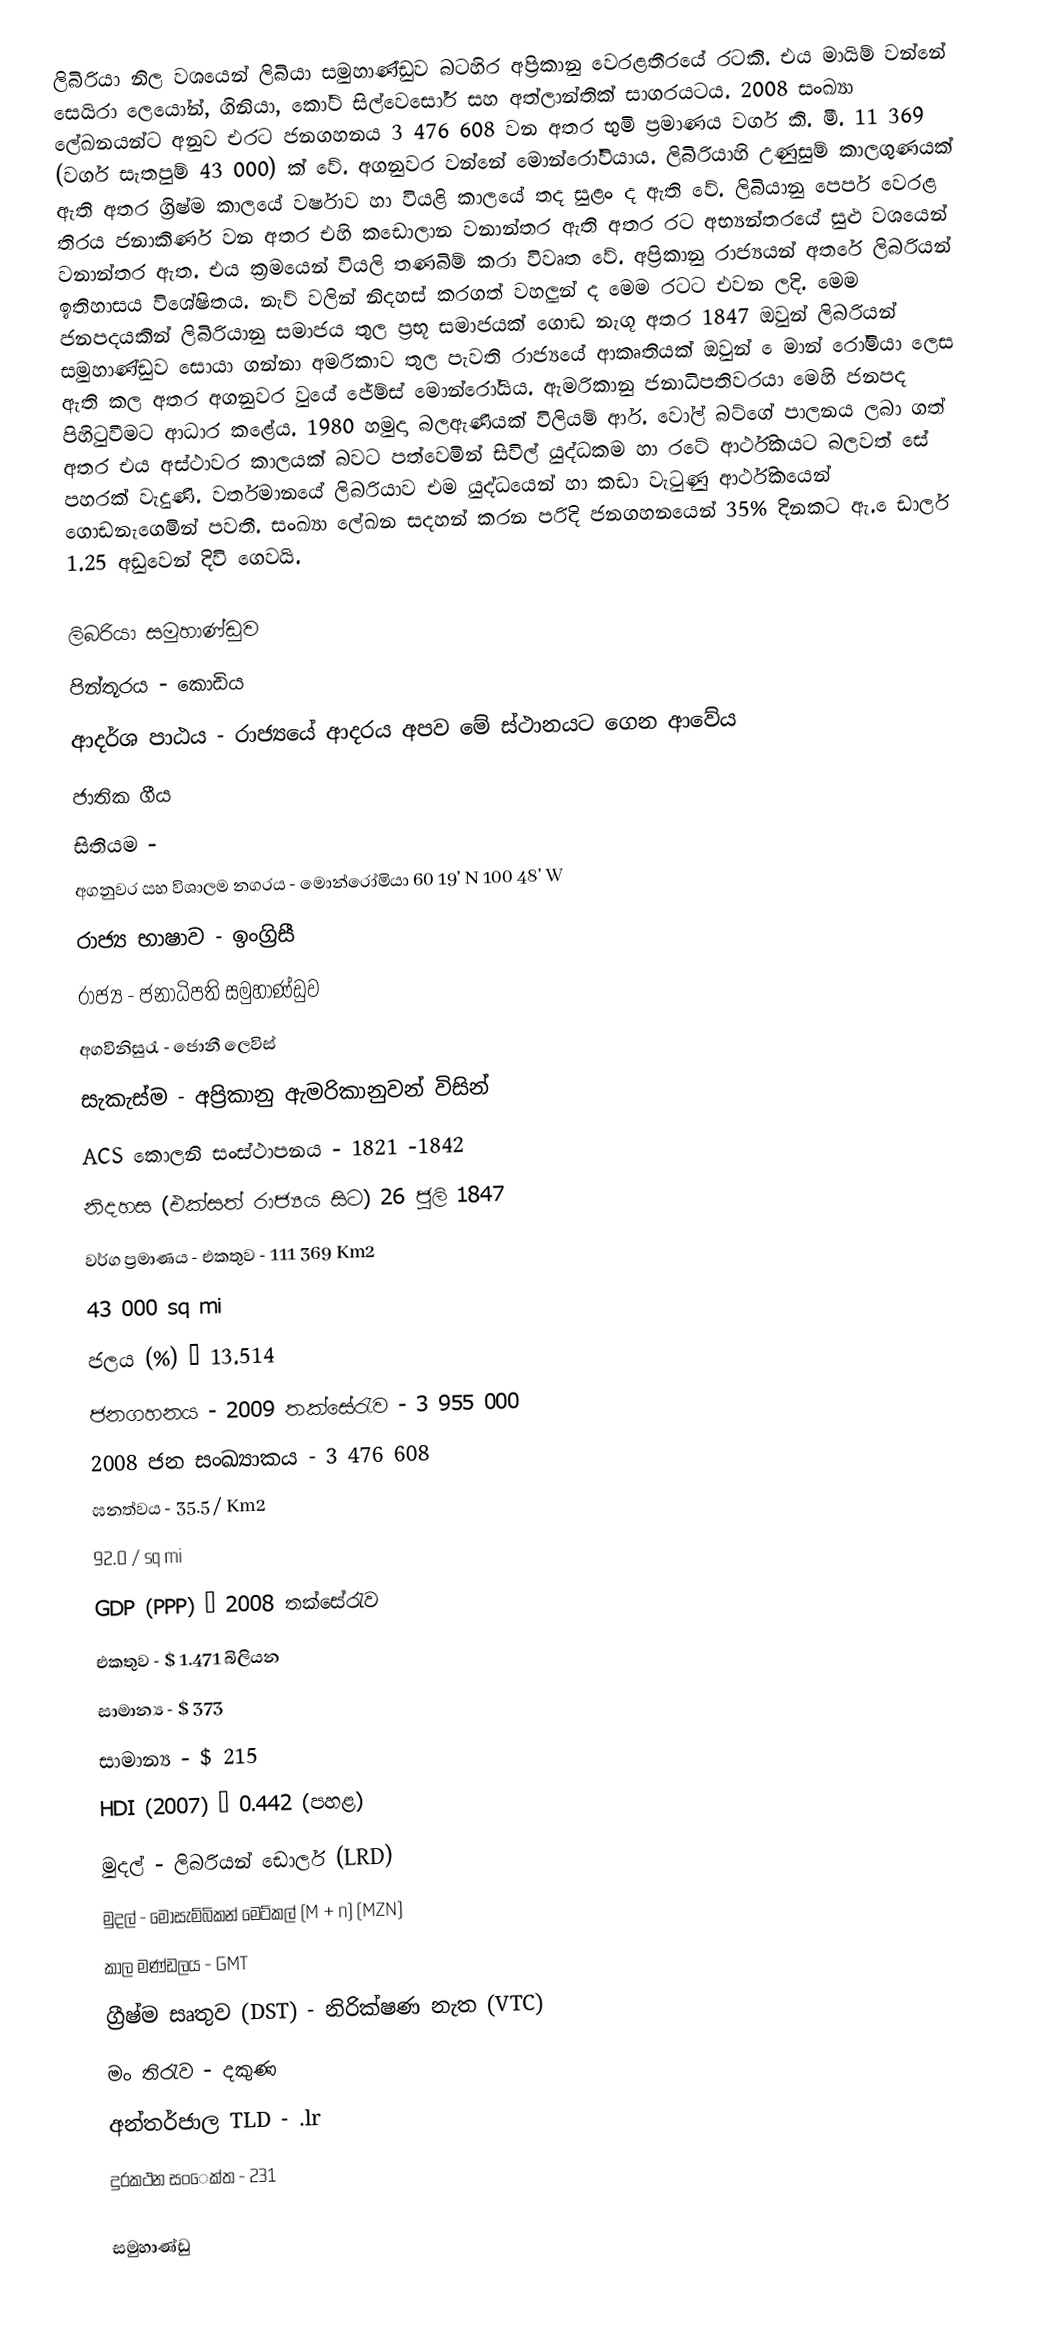
ලිබිරියා නිල වශයෙන් ලිබියා සමුහාණ්ඩුව බටහිර අප්‍රිකානු වෙරළතීරයේ රටකි. එය මායිම් වන්නේ සෙයිරා ලෙයෝන්, ගිනියා, කෝට් සි‍ල්වෙසෝර් සහ අත්ලාන්තික් සාගරයටය. 2008 සංඛ්‍යා ලේඛනයන්ට අනුව එරට ජනගහනය 3 476 608 වන අතර භුමි ප්‍රමාණය වර්ග කි. මී. 11 369 (වර්ග සැතපුම් 43 000) ක් වේ. අගනුවර වන්නේ මොන්රෝවියාය. ලිබිරියාහි උණුසුම් කාලගුණයක් ඇති අතර ග්‍රිෂ්ම කාලයේ වර්ෂාව හා වියළි කාලයේ තද සුළං ද ඇති වේ. ලිබියානු පෙපර් වෙරළ තිරය ජනාකිර්ණ වන අතර එහි කඩොලාන වනාන්තර ඇති අතර රට අභ්‍යන්තරයේ සුළු වශයෙන් වනාන්තර ඇත. එය ක්‍රමයෙන් වියලි තණබිම් කරා විවෘත වේ. අප්‍රිකානු රාජ්‍යයන් අතරේ ලිබරියන් ඉතිහාසය විශේෂිතය. නැව් වලින් නිදහස් කරගත් වහලුන් ද මෙම රටට එවන ලදි. මෙම ජනපදයකින් ලිබිරියානු සමාජය තුල ප්‍රභූ සමාජයක් ගොඩ නැගූ අතර 1847 ඔවුන් ලිබරියන් සමුහාණ්ඩුව සොයා ගන්නා අමරිකාව තුල පැවති රාජ්‍යයේ ආකෘතියක් ඔවුන් ‍ ‍ෙමාන් රෝමියා ලෙස ඇති කල අතර අගනුවර වුයේ ‍ජේම්ස් මොන්රෝයිය. ඇමරිකානු ජනාධිපතිවරයා මෙහි ජනපද පිහිටුවීමට ආධාර කළේය. 1980 හමුදා බලඇණියක් විලියම් ආර්. වෝල් බට්ගේ පාලනය ලබා ගත් අතර එය අස්ථාවර කාලයක් බවට පත්වෙමින් සිවිල් යුද්ධකම හා රටේ ආර්ථිකයට බලවත් සේ පහරක් වැදුණි. වර්තමානයේ ලිබරියාව එම යුද්ධයෙන් හා කඩා වැටුණු ආර්ථිකයෙන් ගොඩනැගෙමින් පවතී. සංඛ්‍යා ලේඛන සදහන් කරන පරිදි ජනගහනයෙන් 35% දිනකට ඇ. ‍ෙඩාලර් 1.25 අඩුවෙන් දිවි ගෙවයි.

ලිබරියා සමුහාණ්ඩුව
පින්තූරය - කොඩිය
ආදර්ශ පාඨය - රාජ්‍යයේ ආදරය අපව මේ ස්ථානයට ගෙන ආවේය
ජාතික ගීය
සිතියම -
අගනුවර සහ විශාලම නගරය - මොන්රෝමියා 60 19' N 100 48' W
රාජ්‍ය භාෂාව - ඉංග්‍රිසී
රාජ්‍ය - ජනාධිපති සමුහාණ්ඩුව
අගවිනිසුරැ - ජොනී ලෙවිස්
සැකැස්ම - අප්‍රිකානු ඇමරිකානුවන් විසින්
‍ACS කොලනි සංස්ථාපනය - 1821 -1842
නිදහස (එක්සත් රාජ්‍යය සිට) 26 ජුලි 1847
වර්ග ප්‍රමාණය -	එකතුව	-	111 369  Km2
			43 000 sq mi
ජලය (%) – 13.514
ජනගහනය - 2009 තක්සේරැව - 3 955 000
2008 ජන සංඛ්‍යාකය - 3 476 608
ඝනත්වය	-	35.5 / Km2
		92.0 / sq mi
GDP (PPP) – 2008 තක්සේරැව
එකතුව - $  1.471 බිලියන
සාමාන්‍ය - $ 373
සාමාන්‍ය - $ 215
HDI (2007) – 0.442 (පහළ)
මුදල් - ලිබරියන් ඩොලර් (LRD)
මුදල් - මොසැම්බිකන් මෙට්කල් (M + n) (MZN)
කාල මණ්ඩලය - GMT
ග්‍රීෂ්ම සෘතුව (DST) - නිරික්ෂණ නැත (VTC)
මං තිරැව - දකුණ
අන්තර්ජාල TLD - .lr
දුරකථන සං‍ෙක්ත - 231

සමුහාණ්ඩු